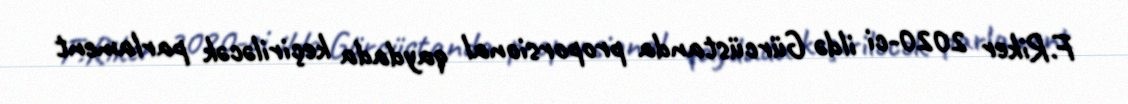
F.Riker 2020-ci ildə Gürcüstanda proporsional qaydada keçiriləcək parlament